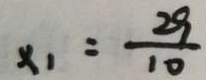
x _ { 1 } = \frac { 2 9 } { 1 0 }